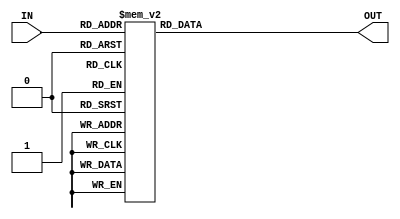
module Decoder_5to32
    (
	  input [4:0] IN,
      output reg [31:0] OUT
    );

always @(*) begin
	case(IN)
		5'h0:OUT=32'h00000001;
		5'h1:OUT=32'h00000002;
		5'h2:OUT=32'h00000004;
		5'h3:OUT=32'h00000008;

		5'h4:OUT=32'h00000010;
		5'h5:OUT=32'h00000020;
		5'h6:OUT=32'h00000040;
		5'h7:OUT=32'h00000080;

		5'h8:OUT=32'h00000100;
		5'h9:OUT=32'h00000200;
		5'ha:OUT=32'h00000400;
		5'hb:OUT=32'h00000800;

		5'hc:OUT=32'h00001000;
		5'hd:OUT=32'h00002000;
		5'he:OUT=32'h00004000;
		5'hf:OUT=32'h00008000;
		
		5'h10:OUT=32'h00100000;
		5'h11:OUT=32'h00200000;
		5'h12:OUT=32'h00400000;
		5'h13:OUT=32'h00800000;

		5'h14:OUT=32'h00100000;
		5'h15:OUT=32'h00200000;
		5'h16:OUT=32'h00400000;
		5'h17:OUT=32'h00800000;

		5'h18:OUT=32'h01000000;
		5'h19:OUT=32'h02000000;
		5'h1a:OUT=32'h04000000;
		5'h1b:OUT=32'h08000000;

		5'h1c:OUT=32'h10000000;
		5'h1d:OUT=32'h20000000;
		5'h1e:OUT=32'h40000000;
		5'h1f:OUT=32'h80000000;
	endcase
end

endmodule